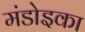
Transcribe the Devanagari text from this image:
मंडोइका